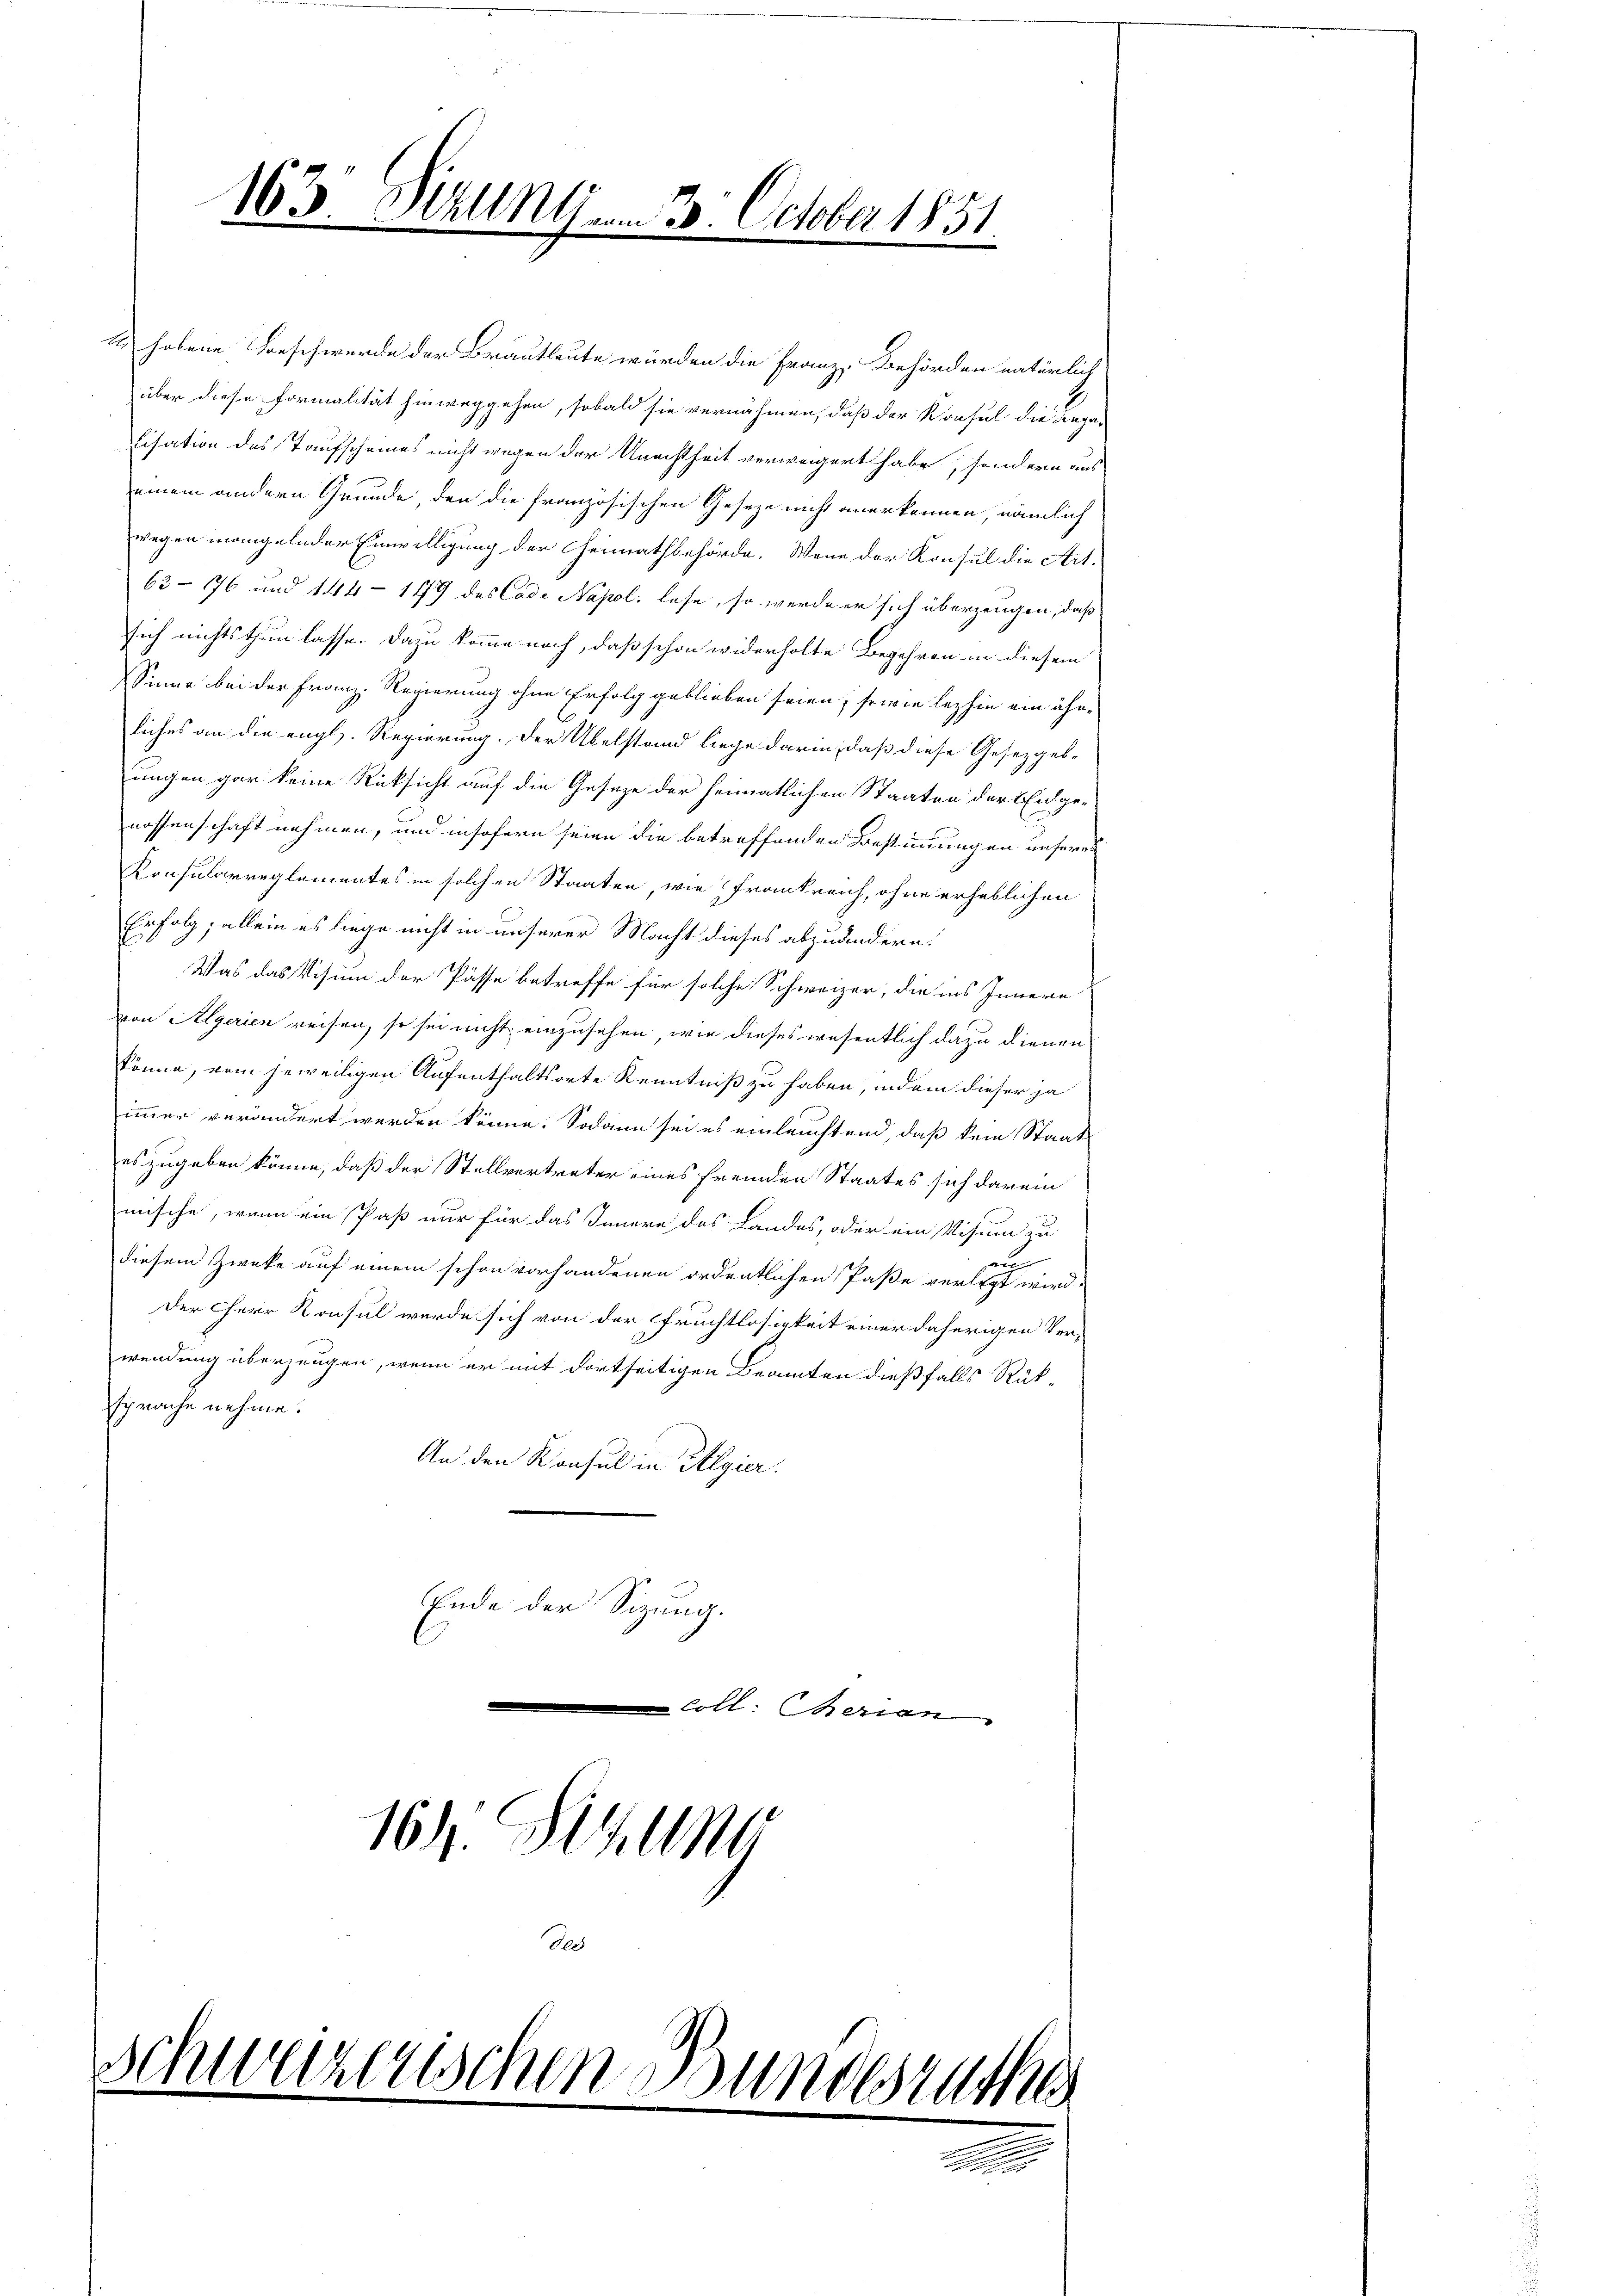
hobene Beschwerde der Brautleute würden die Franz, Behörden natürlich
über diese Formalität hinweggehen, sobald sie vernähmen, daß der Konsul die Anga-
Cisation des Taufscheines nicht wegen der Urachtheit verweigert habe, sondern aus
einem andern Grunde, den die französischen Geseze nicht anerkennen, nämlich
wegen mangelnder Einwilligung der Heimathbehörde. Wenn der Konsul die Art.
63-176 und 144 - 1179 des Code Napol. lese, so werde er sich überzeugen, daß
sich nichts thun lasse. Dazu komme nach, daß schon widerholte Begehren in diesem
Sinne bei der Franz-Regierung ohne Erfolg geblieben seien, sowie lezthin ein ähn-
liches an die engl. Regierung. Der Übelstand liege darin, daß diese Gesetzgelungen gar keine Rücksicht auf die Gesetze der heimatlichen Staaten der Eidgenossenschaft nehmen, und insofern seien die betreffenden Bestimmungen unseres
Konsularreglementes in solchen Staaten, wie Frankreich, ohne erheblichen
Erfolg, allein es liege nicht in unserer Macht dieses abzuändern.
Was das Visium der Pässe betreffe für solche Schweizer, die ins Innern
von Algerien reisen, so sei nicht einzusehen, wie dieses wesentlich dazu dienen
könne, vom jeweiligen Aufenthaltsorte Kenntniß zu haben, indem dieser ja
immer verändert werden könne. Sodann sei es einleuchtend, daß kein Staat
es zugeben könne, daß der Stellvertreter eines fremden Staates sich darum
mische, wenn ein Paß nur für das Innern des Landes, oder ein Visum zu
diesem Zwecke auf einem schon vorhandenen ordentlichen Paße verlegt wird.
Der Cherr Konsul werde sich von der Fruchtlosigkeit einer daherigen Verwendung überzeugen, wenn er mit dortseitigen Beamten dießfalls Rüksprache nehme.
An den Konsul in Algier
Ende der Sitzung.
coll: Serian
164. Stellt

163 Sizunum 3. October 1851
.
.

Schwarzerischen Bundesrathe